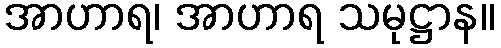
အာဟာရ၊ အာဟာရ သမုဋ္ဌာန။